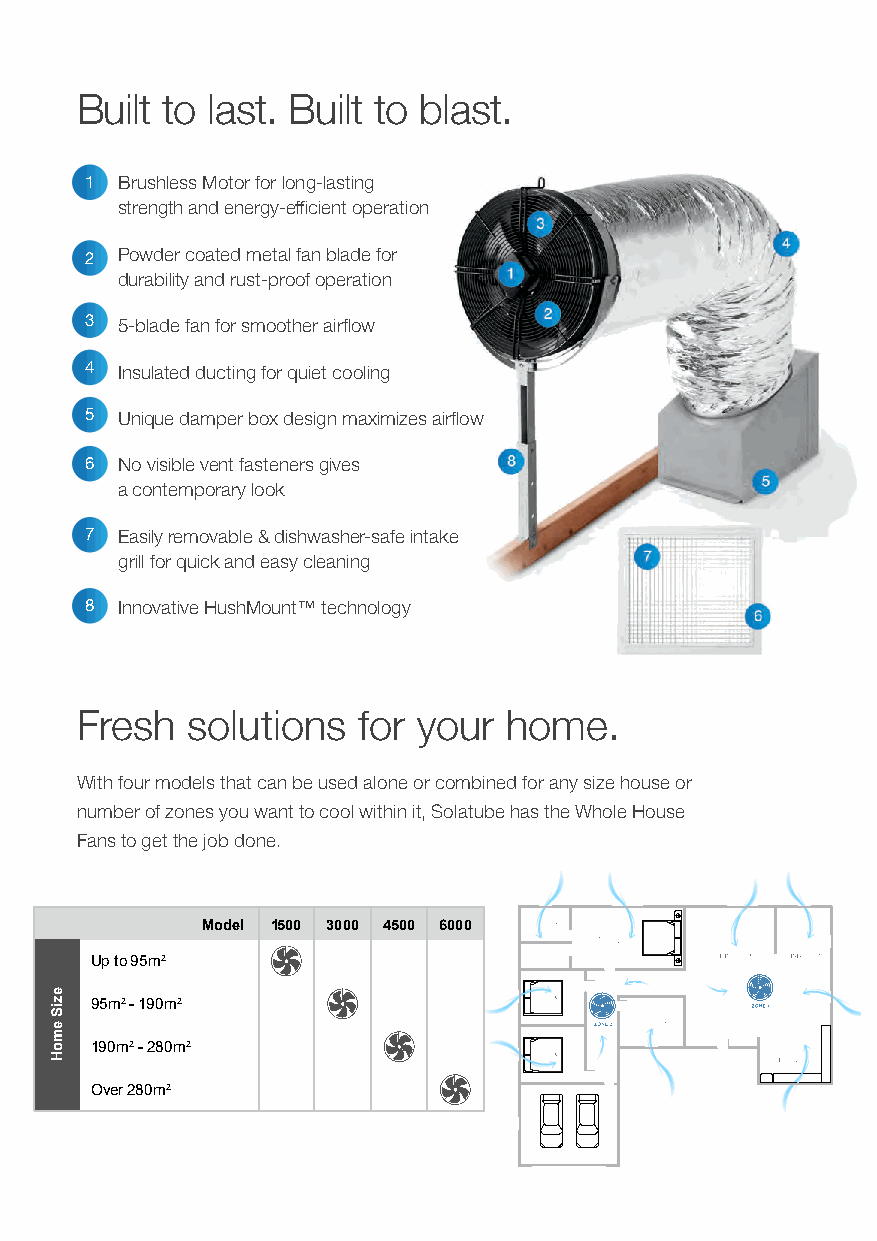
Built to last. Built to blast.
 1 Brushless Motor for long-lasting
 strength and energy-efficient operation
 Powder coated metal fan blade for
 2
 durability and rust-proof operation
 3 5-blade fan for smoother airflow
 4 Insulated ducting for quiet cooling
 5 Unique damper box design maximizes airflow
 6 No visible vent fasteners gives
 a contemporary look
 7 Easily removable & dishwasher-safe intake
 grill for quick and easy cleaning
 8 Innovative HushMount™ technology
 Fresh  solutions   for your  home.
 With four models that can be used alone or combined for any size house or
 number of zones you want to cool within it, Solatube has the Whole House
 Fans to get the job done.
 Model 1500 3000 4500 6000
 Up to 95m2
 95m2 - 190m2
 190m2 - 280m2
 Over 280m2
 eziS
 emoH